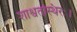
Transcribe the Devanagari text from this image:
शाश्वतस्थिरः।